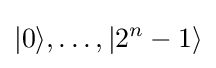
|0\rangle ,\ldots ,|2^{n}-1\rangle